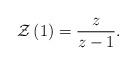
LaTeX: \begin{align*}\mathcal{Z}\left( 1\right) =\frac{z}{z-1}. \end{align*}